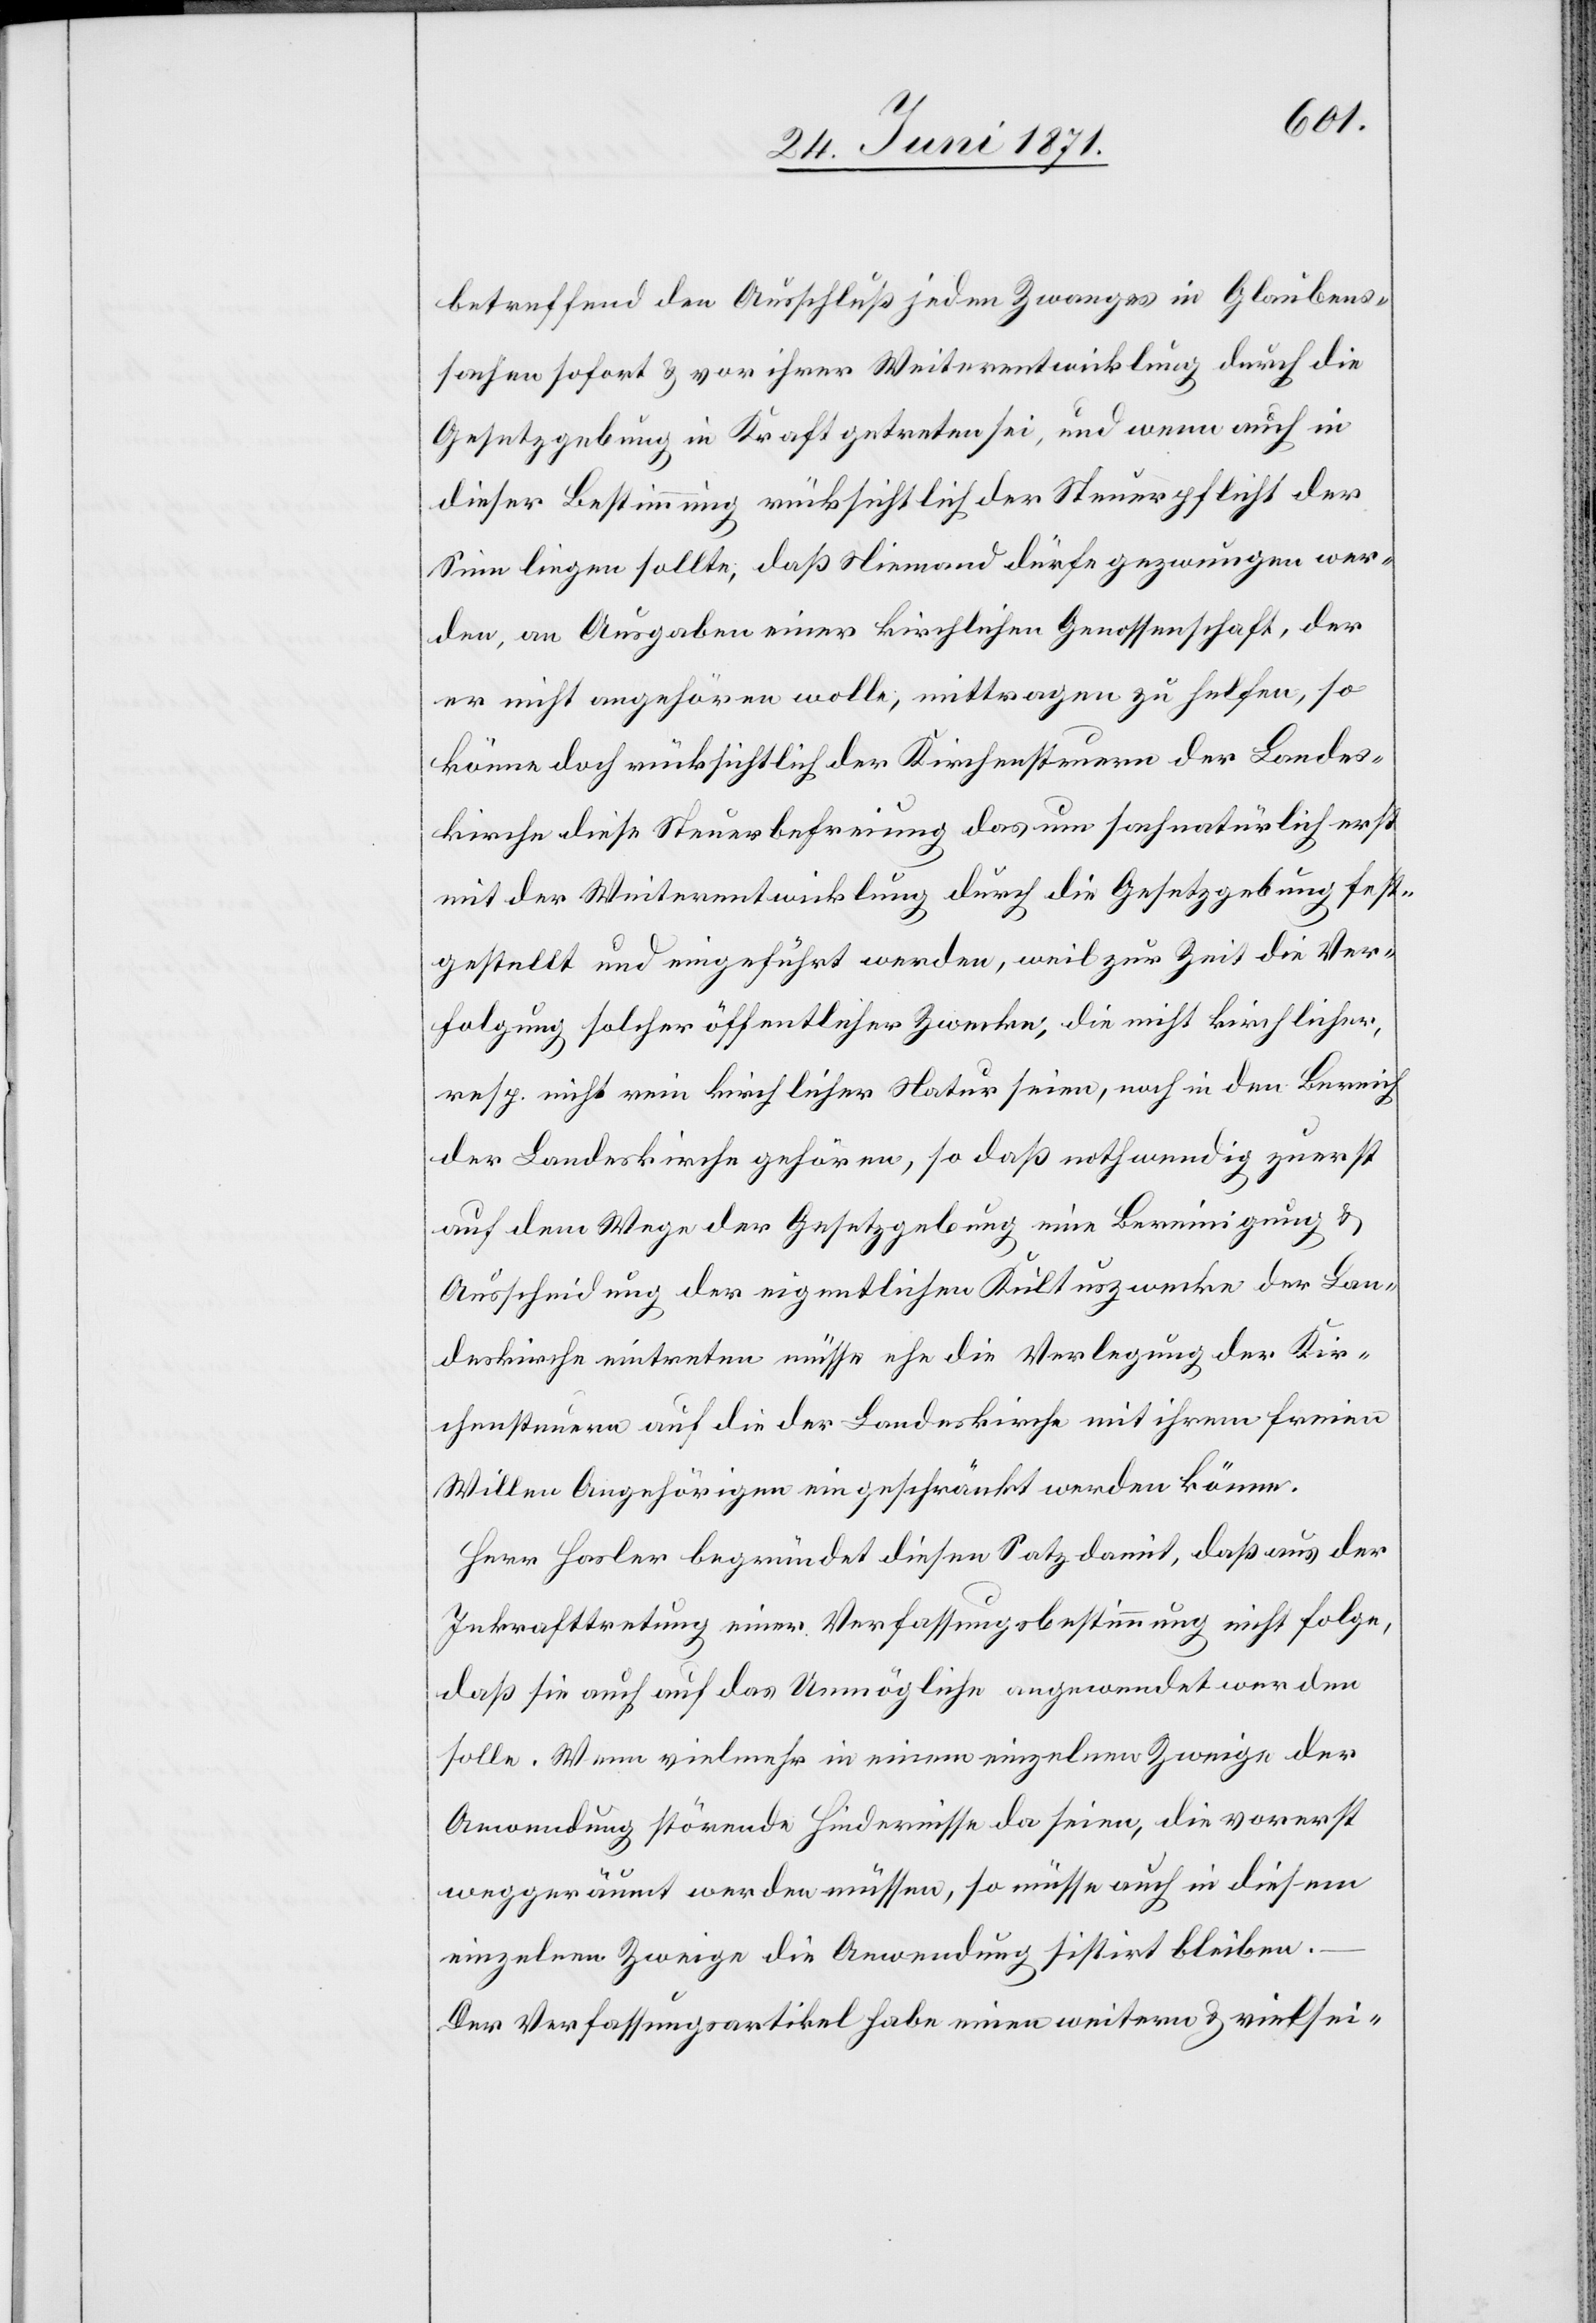
betreffend den Ausschluß jeden Zwanges in Glaubens¬
sachen sofort u. vor ihrer Weiterentwicklung durch die
Gesetzgebung in Kraft getreten sei, und wenn auch in
dieser Bestimmung rücksichtlich der Steuerpflicht der
Sinn liegen sollte, daß Niemand dürfe gezwungen wer¬
den, an Ausgaben einer kirchlichen Genossenschaft, der
er nicht angehören wolle, mittragen zu helfen, so
könne doch rücksichtlich der Kirchensteuern der Landes¬
kirche diese Steuerbefreiung das um sachnatürlich erst
mit der Weiterentwicklung durch die Gesetzgebung fest¬
gestellt und eingeführt werden, weil zur Zeit die Ver¬
folgung solcher öffentlicher Zwecke, die nicht kirchlicher,
resp. nicht rein kirchlicher Natur seien, noch in den Bericht
der Landeskirche gehören, so daß nothwendig zuerst
auf dem Wege der Gesetzgebung eine Bereinigung u.
Ausscheidung der eigentlichen Kultuszwecke der Lan¬
deskirche eintreten müsse ehe die Verlegung der Kir¬
chensteuern auf die der Landeskirche mit ihrem freien
Willen Angehörigen eingeschränkt werden könne.
Herr Hasler begründet diesen Satz damit, daß aus der
Inkrafttretung einer Verfassungsbestimmung nicht folge,
daß sie auch auf das Unmögliche angewendet werden
solle. Wenn vielmehr in einem einzelnen Zweige der
Anwendung störende Hindernisse da seien, die vorerst
weggeräumt werden müssen, so müsse auch in diesem
einzelnen Zweige die Anwendung sistirt bleiben.–
Der Verfassungsartikel habe einen weitern u. vielsei-